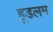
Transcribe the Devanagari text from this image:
हूडलम